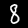
Label: 8